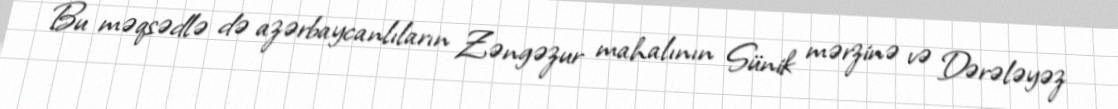
Bu məqsədlə də azərbaycanlıların Zəngəzur mahalının Sünik mərzinə və Dərələyəz